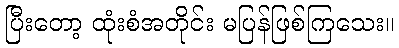
ပြီးတော့ ထုံးစံအတိုင်း မပြန်ဖြစ်ကြသေး။